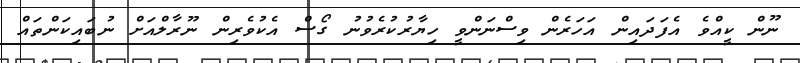
ނޫން ކީއްވެ އެފަދައިން އަހަރެން ވިސްނަންވީ ހިޔާރުކުރެވުނު ގޯސް އެކުވެރިން ނޫރާލްއަށް ނުބައިކަންތައް